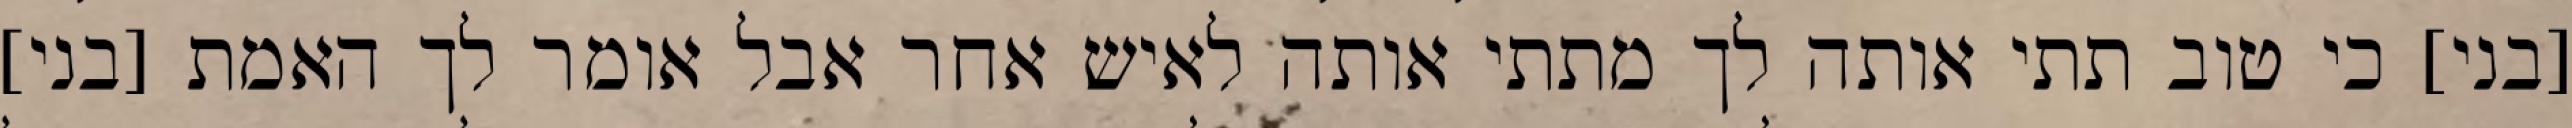
[בני] כי טוב תתי אותה לך מתתי אותה לאיש אחר אבל אומר לך האמת [בני]